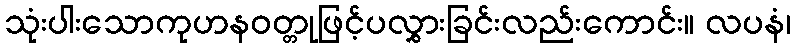
သုံးပါးသောကုဟနဝတ္တုဖြင့်ပလွှားခြင်းလည်းကောင်း။ လပနံ၊